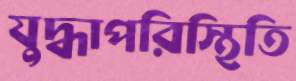
যুদ্ধাপরিস্থিতি